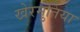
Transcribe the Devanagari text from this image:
खेरमुतिया